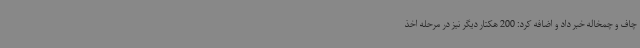
چاف و چمخاله خبر داد و اضافه کرد: 200 هکتار دیگر نیز در مرحله اخذ